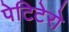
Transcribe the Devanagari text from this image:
पेटिटेरो